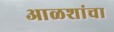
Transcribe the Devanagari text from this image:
आळशांचा